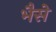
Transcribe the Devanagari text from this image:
भैसे